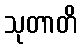
သုတာတိ